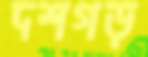
দশগড়